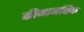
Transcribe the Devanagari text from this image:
कीमानसिक